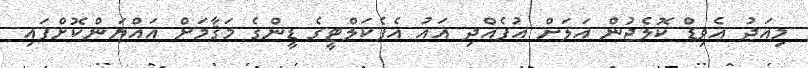
މިއަދު އެވިޑް ކޮލެޖުން އަލަށް އުފެއްދި އައު އެފެކަލްޓީގެ ޑީންގެ މަޤާމަށް އައްޔަންކޮށްފައި